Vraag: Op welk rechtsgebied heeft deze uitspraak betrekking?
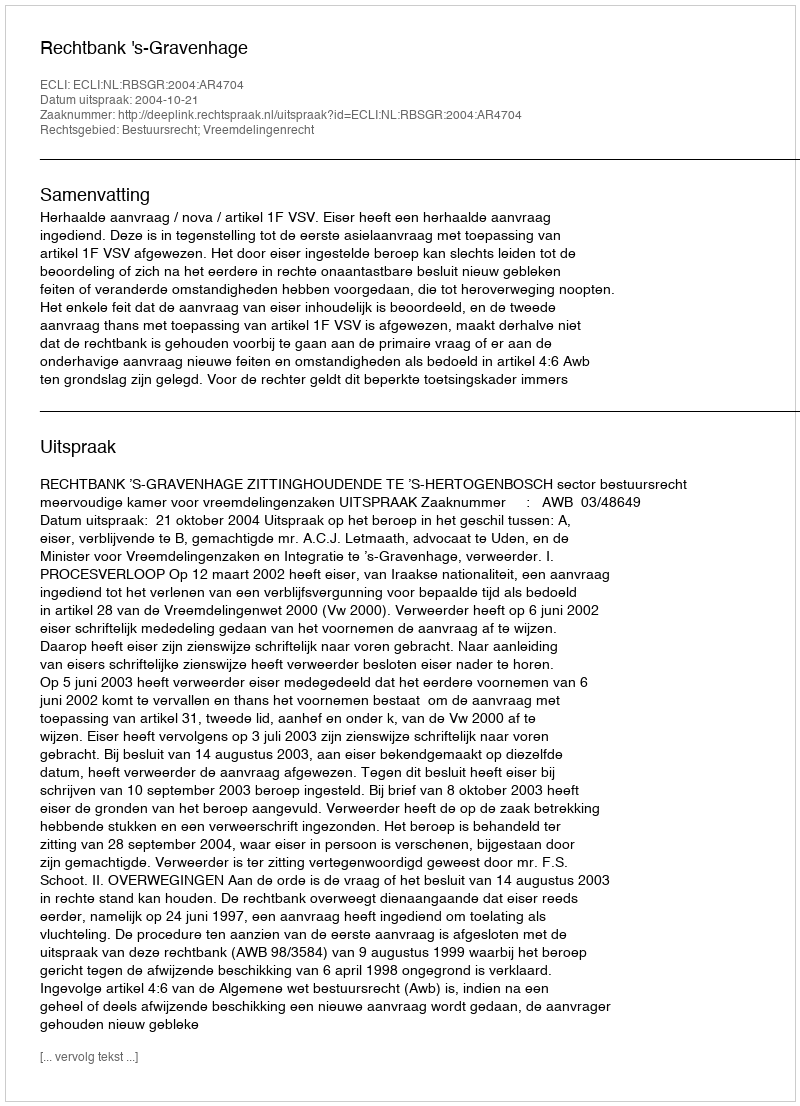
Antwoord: Bestuursrecht; Vreemdelingenrecht